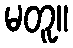
မတူ။